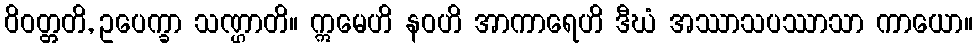
ဝိဝတ္တတိ, ဥပေက္ခာ သဏ္ဌာတိ။ ဣမေဟိ နဝဟိ အာကာရေဟိ ဒီဃံ အဿာသပဿာသာ ကာယော။